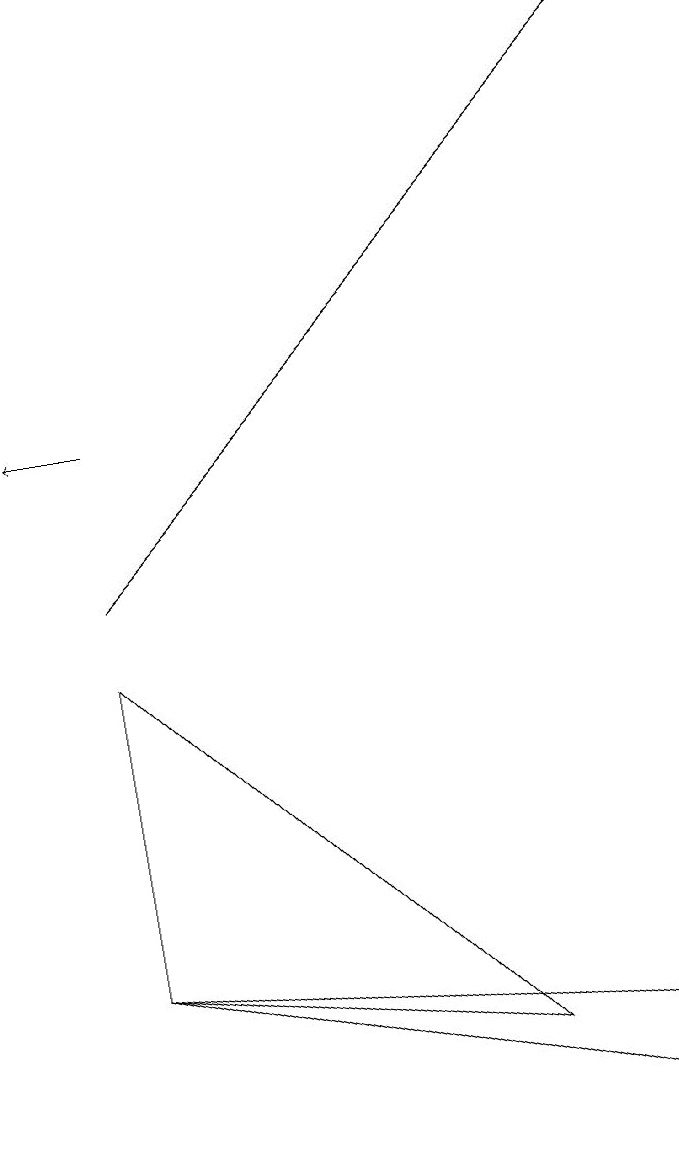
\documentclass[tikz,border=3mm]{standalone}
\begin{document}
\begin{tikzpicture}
\draw[->] (2,10) -- (9,17);
\draw (7,4) -- (2,9) -- (2,5) -- cycle;
\draw (9,4) -- (2,5) -- (9,3) -- cycle;
\draw[->] (2,12) -- (1,12);
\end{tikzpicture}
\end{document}